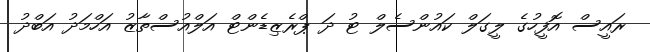
ރައީސް އޮފީހުގެ ލީގަލް ކައުންސެލް ޓު ދަ ޕްރެޒިޑެންޓް އަލްއުސްތާޒު އަހްމަދު އަބްދު